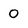
Character: 0